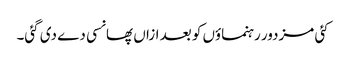
کئی مزدور رہنماؤں کو بعد ازاں پھانسی دے دی گئی۔